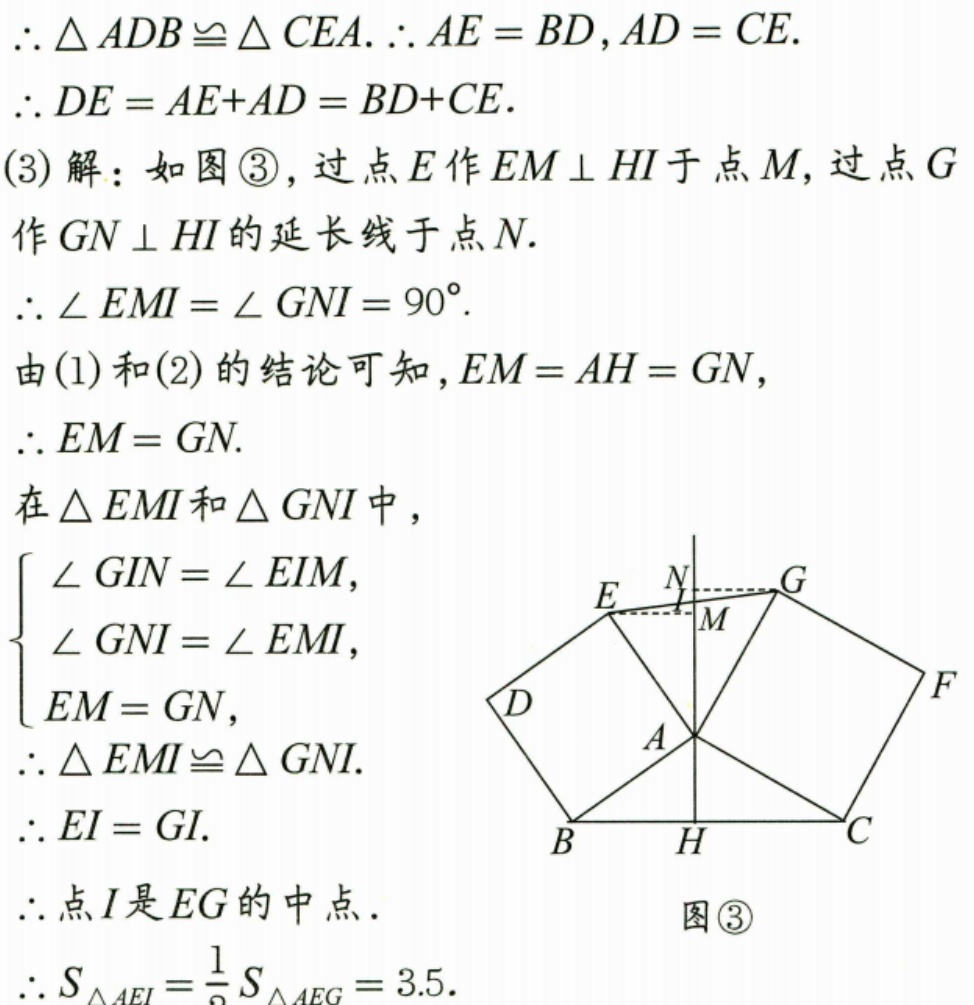
$\therefore \triangle ADB\cong \triangle CEA.\therefore AE = BD,AD = CE.$
$\therefore DE=AE + AD=BD + CE.$
(3)解：如图\textcircled{3}，过点$E$作$EM\perp HI$于点$M$，过点$G$
作$GN\perp HI$的延长线于点$N.$
$\therefore \angle EMI=\angle GNI = 90^{\circ}.$
由(1)和(2)的结论可知，$EM = AH=GN,$
$\therefore EM = GN.$
在$\triangle EMI$和$\triangle GNI$中，
$\begin{cases}
\angle GIN=\angle EIM,\\
\angle GNI=\angle EMI,\\
EM = GN,
\end{cases}$
$\therefore \triangle EMI\cong \triangle GNI.$
$\therefore EI = GI.$
$\therefore$点$I$是$EG$的中点.
$\therefore S_{\triangle AEI}=\frac{1}{2}S_{\triangle AEG}=3.5.$